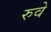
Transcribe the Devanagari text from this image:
रुवे